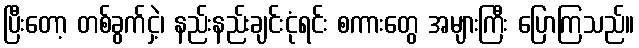
ပြီးတော့ တစ်ခွက်ငှဲ့၊ နည်းနည်းချင်းငုံရင်း စကားတွေ အများကြီး ပြောကြသည်။